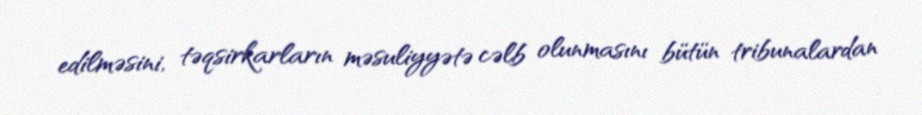
edilməsini, təqsirkarların məsuliyyətə cəlb olunmasını bütün tribunalardan